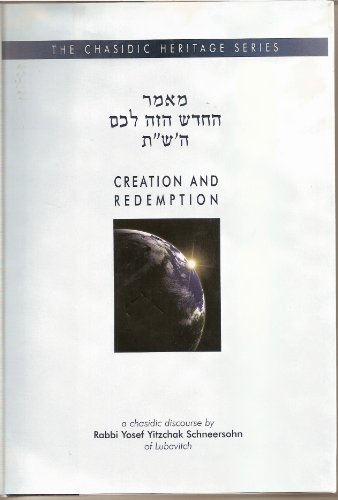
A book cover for Creation and Redemption (Chasidic Heritage Series) (Hebrew Edition); Joseph Isaac Schneersohn; Religion & Spirituality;